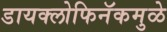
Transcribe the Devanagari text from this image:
डायक्लोफिनॅकमुळे